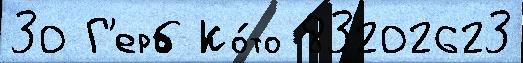
30 Г'ерб Ко́то 83202623